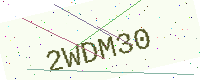
Text: 2WDM30